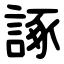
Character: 諑